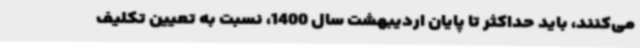
می‌کنند، باید حداکثر تا پایان اردیبهشت سال 1400، نسبت به تعیین تکلیف